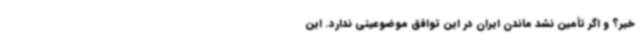
خیر؟ و اگر تأمین نشد ماندن ایران در این توافق موضوعیتی ندارد. این